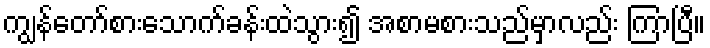
ကျွန်တော်စားသောက်ခန်းထဲသွား၍ အစာမစားသည်မှာလည်း ကြာပြီ။